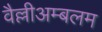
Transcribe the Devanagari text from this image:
वैल्लीअम्बलम